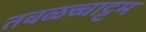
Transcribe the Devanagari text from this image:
तवळच्चाट्टम